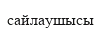
сайлаушысы